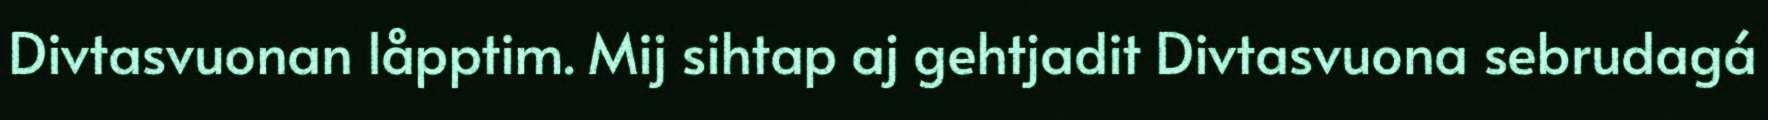
Divtasvuonan låpptim. Mij sihtap aj gehtjadit Divtasvuona sebrudagá